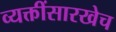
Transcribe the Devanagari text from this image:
व्यक्तींसारखेच